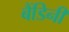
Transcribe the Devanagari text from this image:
बैंडिनी